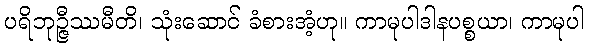
ပရိဘုဉ္ဇီဿမီတိ၊ သုံးဆောင် ခံစားအံ့ဟု။ ကာမုပါဒါနပစ္စယာ၊ ကာမုပါ